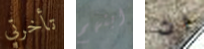
تأخرتي ابنهم ان